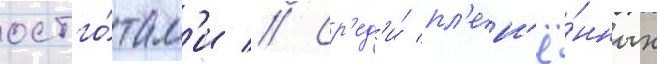
остго́там'и // Ср'ед'и́ пл'ен'ё́нных